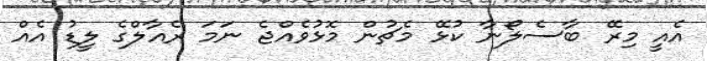
އެއީ މިރޭ ބާސެލޯނާ ކުޅޭ މެޗުން މޮޅުވެއްޖެ ނަމަ ރެއާލްގެ ލީޑު އެއް